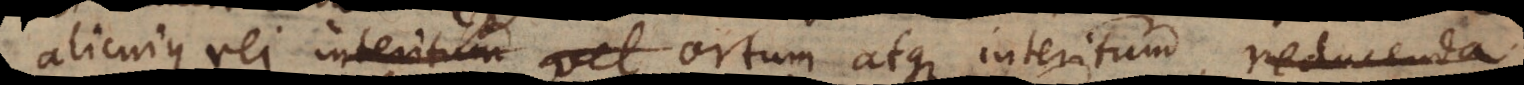
alicujus rei interitum vel ortum atque interitum, reducenda